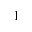
^ { 1 }